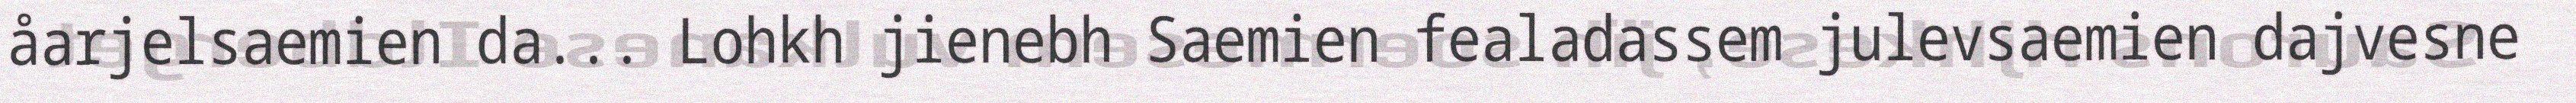
åarjelsaemien da... Lohkh jienebh Saemien fealadassem julevsaemien dajvesne